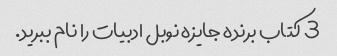
3 کتاب برنده جایزه نوبل ادبیات را نام ببرید.